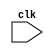
module v5 (clk);
    input clk;
    always @(posedge clk) begin
        $display("I am called by v4");
    end

endmodule //v5